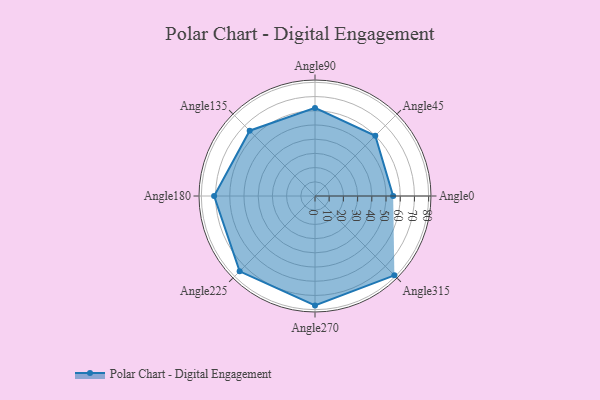
{"axis": {"x": "Angle", "y": "Radius"}, "legend": [""], "data": [{"x": "Angle0", "y": 55.0, "type": ""}, {"x": "Angle45", "y": 60.0, "type": ""}, {"x": "Angle90", "y": 62.0, "type": ""}, {"x": "Angle135", "y": 65.0, "type": ""}, {"x": "Angle180", "y": 71.0, "type": ""}, {"x": "Angle225", "y": 75.0, "type": ""}, {"x": "Angle270", "y": 77.0, "type": ""}, {"x": "Angle315", "y": 79.0, "type": ""}]}